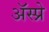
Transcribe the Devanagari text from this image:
ॲस्प्रे